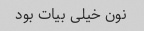
نون خیلی بیات بود